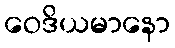
ဝေဒိယမာနော